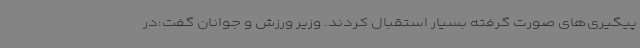
پیگیری‌های صورت گرفته بسیار استقبال کردند. وزیر ورزش و جوانان گفت:در